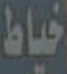
خياط